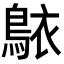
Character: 𬷐